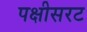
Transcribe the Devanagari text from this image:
पक्षीसरट